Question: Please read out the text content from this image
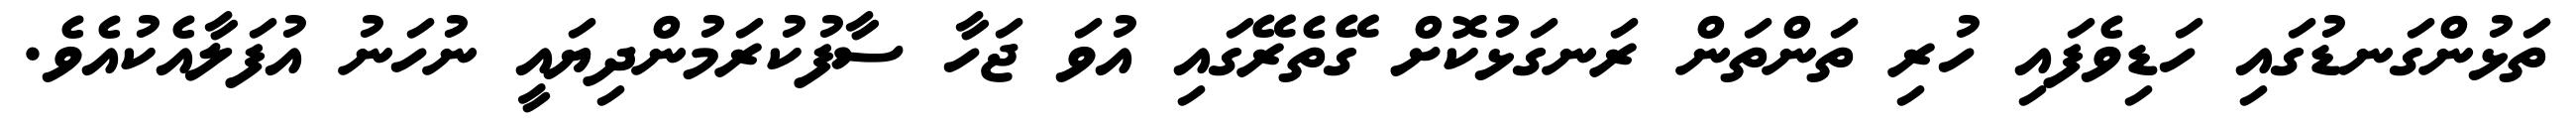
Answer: ތަޅުންގަނޑުގައި ހަޑިވެފައި ހުރި ތަންތަން ރަނގަޅުކޮށް ގޭތެރޭގައި އުވަ ޖަހާ ސާފުކުރަމުންދިޔައީ ނުހަނު އުފަލާއެކުއެވެ.